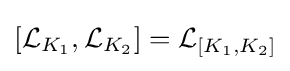
[{\mathcal {L}}_{K_{1}},{\mathcal {L}}_{K_{2}}]={\mathcal {L}}_{[K_{1},K_{2}]}